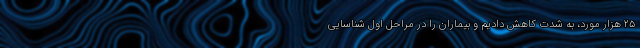
۲۵ هزار مورد، به شدت کاهش دادیم و بیماران را در مراحل اول شناسایی